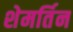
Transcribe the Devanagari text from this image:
शेमर्तिन